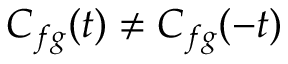
C _ { f g } ( t ) \neq C _ { f g } ( - t )